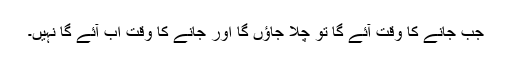
جب جانے کا وقت آئے گا تو چلا جاؤں گا اور جانے کا وقت اب آئے گا نہیں۔